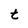
Character: t